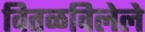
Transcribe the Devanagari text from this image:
वितळविलेले